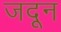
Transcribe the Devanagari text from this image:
जदून